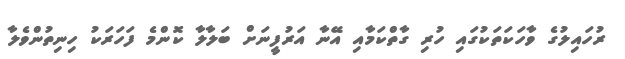
ރުހައިލުގެ ވާހަކަތަކުގައި ހުރި ގާތްކަމާއި އޭނާ އަރުފީނަށް ބަލާލާ ކޮންމެ ފަހަރަކު ހިނިތުންވެލާ